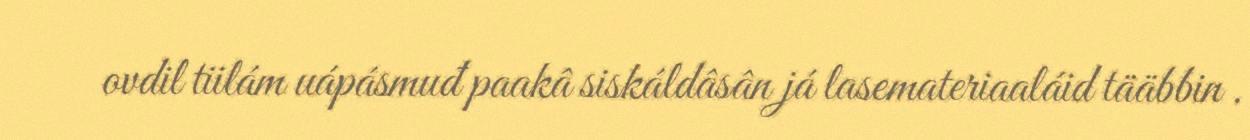
ovdil tiilám uápásmuđ paakâ siskáldâsân já lasemateriaaláid tääbbin .